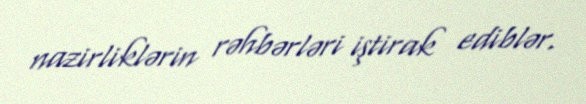
nazirliklərin rəhbərləri iştirak ediblər.